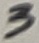
Text: 3